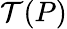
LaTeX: \mathcal{T}(P)